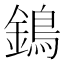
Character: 鵭